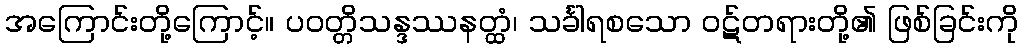
အကြောင်းတို့ကြောင့်။ ပဝတ္တိသန္ဒဿနတ္ထံ၊ သင်္ခါရစသော ဝဋ်တရားတို့၏ ဖြစ်ခြင်းကို